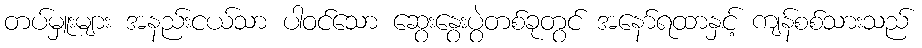
တပ်မှူးများ အနည်းငယ်သာ ပါဝင်သော ဆွေးနွေးပွဲတစ်ခုတွင် အနော်ရထာနှင့် ကျန်စစ်သားသည်